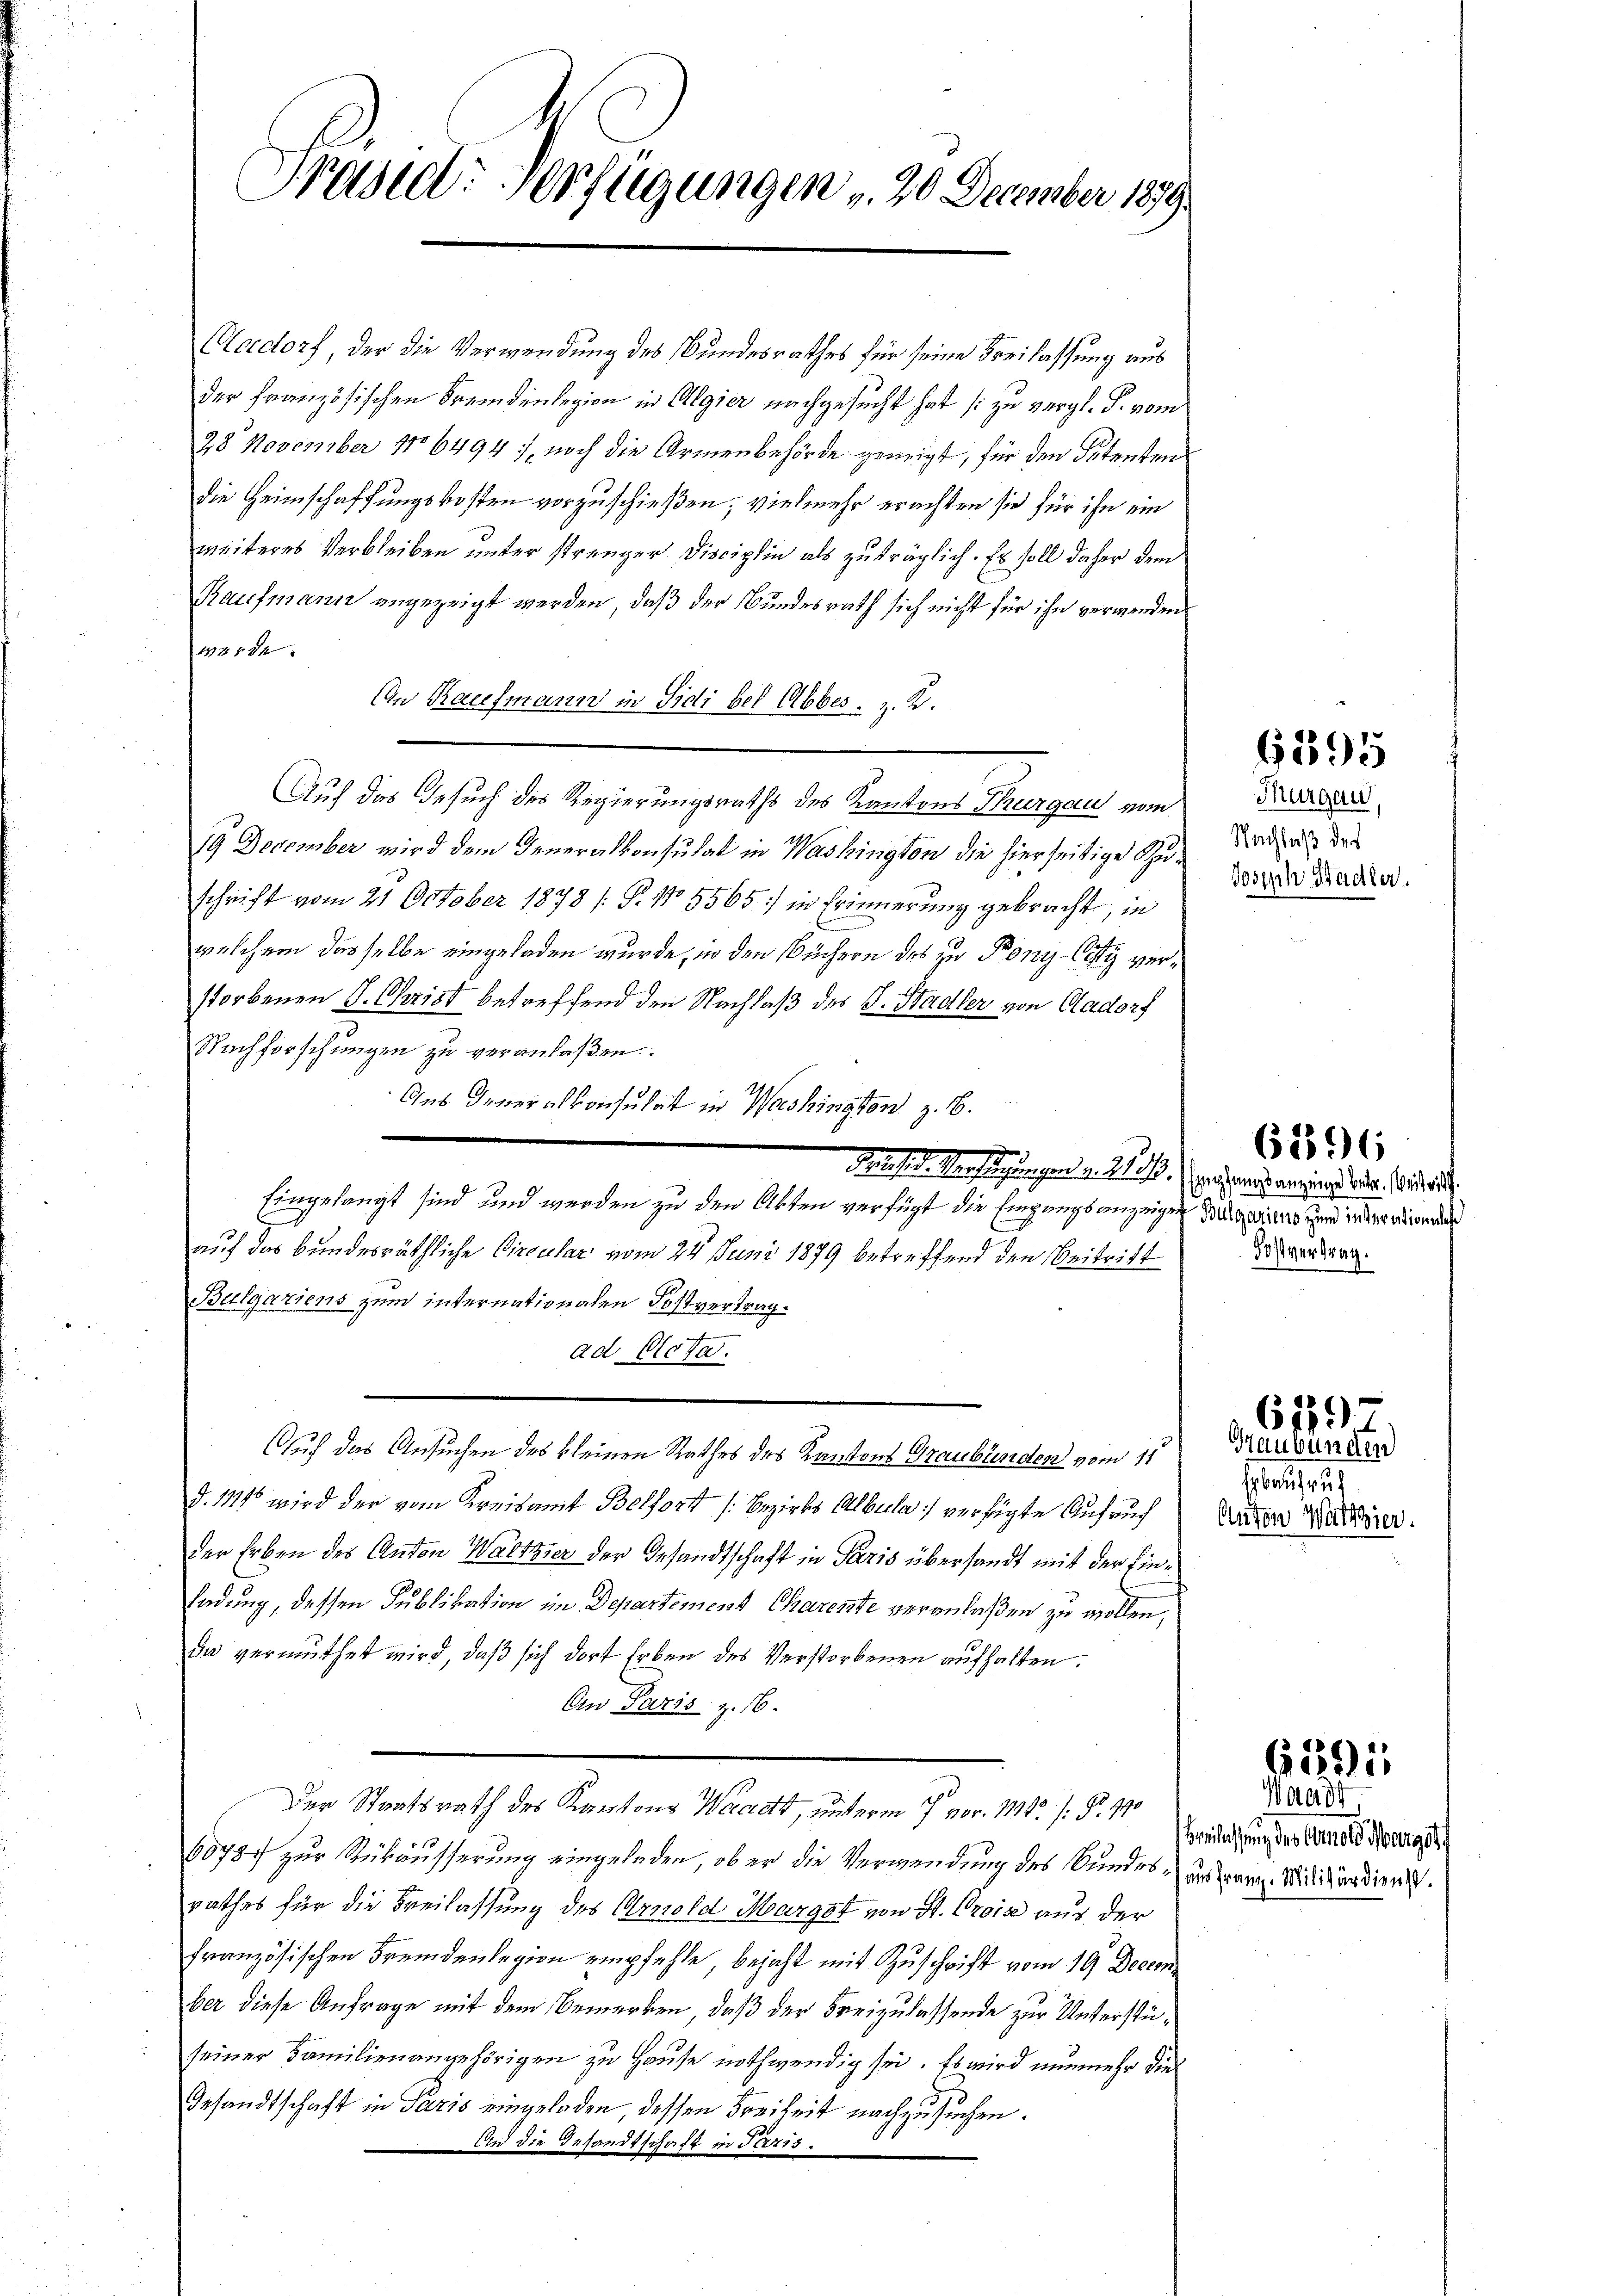
Präsiel: Verfügungen , 25 December 189

Aadorf, der die Verwendung des Bundesrathes für seine Freilassung aus
der französischen Fremdenlegion in Algier nachgesucht hat si zu vergl. P. vom
28. November 16494, noch die Armenbehörde geneigt, für den Potenten
die Heimschaffungskosten vorzuschießen; vielmehr erachten sie für ihn ein
weiteres Verbleiben unter strenger Disciplin als zuträglich. Es soll daher dem
Kaufmann angezeigt werden, daß der Bundesrath sich nicht für ihn verwenden
werde.
An Racefmann in Fidi bei Abbes. v. K.
Auf das Gesuch des Regierungsraths des Kantons Thurgau vom
19 December wird dem Generalkonsulat in Washington die hierseitige Schuschrift vom 21. October 1878 / P. No 5565) in Erinnerung gebracht, in
welchem dasselbe eingeladen wurde, in den Büchern des zu Pony-Cisti verstorbenen J. Christ betreffend den Nachlaß des C. Stadler von Aadorf
Nachforschungen zu veranlaßen.
Aus Generalkonsulat in Washington z. B.
Schieses Verfügungen v. J. 17. Jahrend anging betr. die auch
Eingelangt sind und werden zu den Akten verfügt die Eingangsanzeigen
auf das bundesräthliche Circular vom 24. Juni 1879 betreffend den Beitritt
Bulgariens zum internationalen Postvertrag.
ad Clota.
5
Auf das Ansuchen des kleinen Rathes des Kantons Graubünden vom 11.
d. 111 wird der vom Kreisamt Belfort (Bezirks Albula verfügte Aufruch
der Erben des Anton Waltzer der Gesandtschaft in Paris übersandt mit der Einladung, dessen Publikation im Departement Charente veranlaßen zu wollen,
da vermuthet wird, daß sich dort Erben des Verstorbenen aufhalten.
An Paris z. 16.
Der Staatsrath des Kantons Waadt, unterm 7. vor. 1814. /: P. 170
68787 zur Rükäusserung eingeladen, ob er die Verwendung des Bundes uns war. Militärdien
rathes für die Freilassung des Arnold Margst von St. Crois aus der
französischen Fremdenlegion empfehle, bejaht mit Zuschrift vom 19. Decem
ber diese Anfrage mit dem Bemerken, daß der Freizulassende zur Unterstüseiner Familienangehörigen zu Hause nothwendig sei. Es wird nunmehr die
Gesandtschaft in Paris eingeladen, dessen Freiheit nachzusuchen.
Und die Gesandtschaft in Terris

6395

Thurgau,
Nachlaß des
Joseph Badler.

Bulgariens und in Sarationale
50 vertrag.

62596

679

Haubünden
Heb auf ruh
Anton Walthier.

Waadt
Beilassung des Arnold Marge f

61291